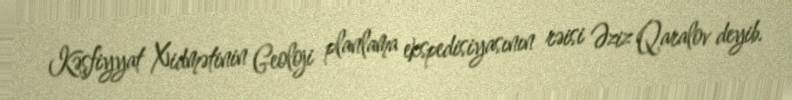
Kəşfiyyat Xidmətinin Geoloji planlama ekspedisiyasının rəisi Əziz Qaralov deyib.